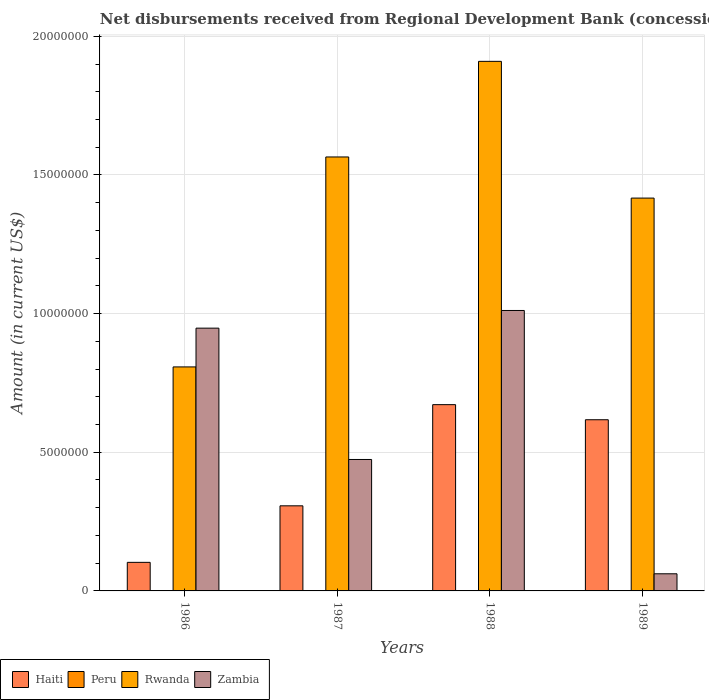
| Years | Haiti | Peru | Rwanda | Zambia |
 | --- | --- | --- | --- | --- |
 | 1986 | 1.03e+06 | -2.30e+06 | 8.08e+06 | 9.48e+06 |
 | 1987 | 3.07e+06 | -6.13e+06 | 1.56e+07 | 4.74e+06 |
 | 1988 | 6.72e+06 | -7.93e+06 | 1.91e+07 | 1.01e+07 |
 | 1989 | 6.17e+06 | -2.08e+06 | 1.42e+07 | 6.18e+05 |